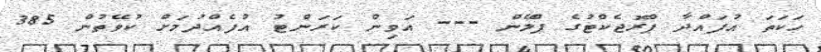
ހަކަތަ އުފައްދާ ޕްރޮޖެކްޓުގެ ޕްލޭން --- އަވިން ކަރަންޓު އުފެއްދުމަށް ކުވޭތުން 385